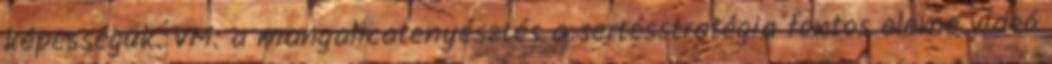
képességük. VM: a mangalicatenyésztés a sertésstratégia fontos eleme videó